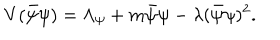
V ( \bar { \psi } \psi ) = \Lambda _ { \psi } + m \bar { \psi } { \psi } - \lambda ( \bar { \psi } \psi ) ^ { 2 } .